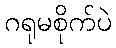
ဂရုမစိုက်ပဲ